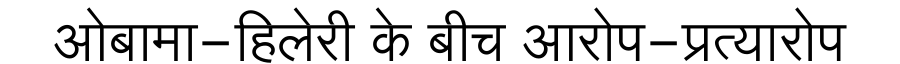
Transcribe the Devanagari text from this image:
ओबामा-हिलेरी के बीच आरोप-प्रत्यारोप